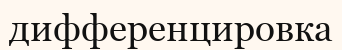
дифференцировка